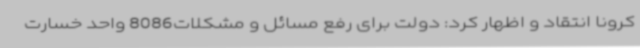
کرونا انتقاد و اظهار کرد: دولت برای رفع مسائل و مشکلات8086 واحد خسارت